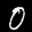
Label: 0